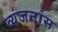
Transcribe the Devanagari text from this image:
व्यंजनांस